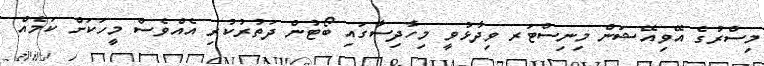
މިސްރުގެ އޭވިއޭޝަން މިނިސްޓަރ ވިދާޅުވީ މިހާދިސާގައި ބޯޓުން ދަތުރުކުރި އެއްވެސް މީހަކަށް ކަމެއް